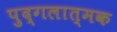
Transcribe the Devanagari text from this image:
पुद्गलात्मक